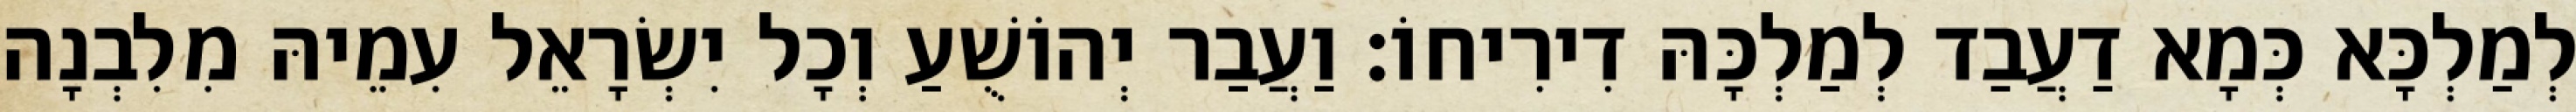
לְמַלְכָּא כְּמָא דַעֲבַד לְמַלְכָּהּ דִירִיחוֹ׃ וַעֲבַר יְהוֹשֻׁעַ וְכָל יִשְׂרָאֵל עִמֵיהּ מִלִבְנָה